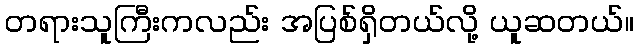
တရားသူကြီးကလည်း အပြစ်ရှိတယ်လို့ ယူဆတယ်။